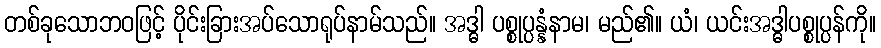
တစ်ခုသောဘဝဖြင့် ပိုင်းခြားအပ်သောရုပ်နာမ်သည်။ အဒ္ဓါ ပစ္စုပ္ပန္နံနာမ၊ မည်၏။ ယံ၊ ယင်းအဒ္ဓါပစ္စုပ္ပန်ကို။